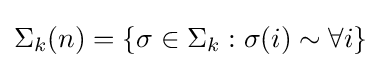
\Sigma _{k}(n)=\{\sigma \in \Sigma _{k}:\sigma (i)\sim \forall i\}